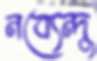
নব্যেন্দু